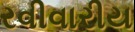
રવીવારીય